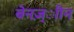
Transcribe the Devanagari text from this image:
बेनज़्ाीन